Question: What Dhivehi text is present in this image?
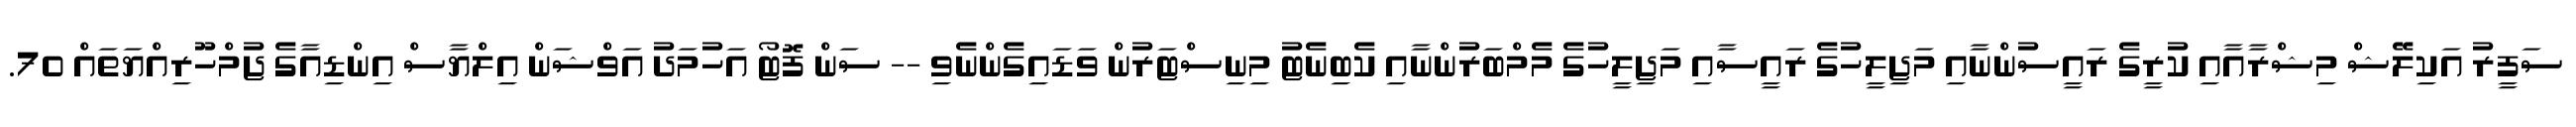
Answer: ސަފީރު އަކިލޭޝް މިޝްރާއާއި ކުރީގެ ރައީސުންނާއި މަޖިލީހުގެ ރައީސާއި މަޖިލީހުގެ މެމްބަރުންނާއި ކެބިނެޓު މިނިސްޓަރުން ވަޑައިގެންނެވި -- ސަން ފޮޓޯ އަހުމަދު އަވްޝަން އިލްޔާސް އިންޑިއާގެ ޖުމްހޫރިއްޔަތައް 70.